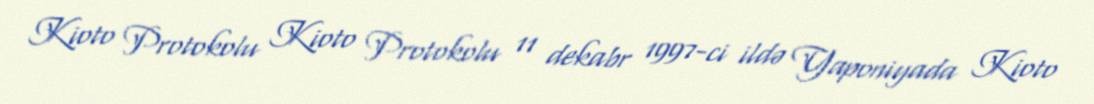
Kioto Protokolu Kioto Protokolu 11 dekabr 1997-ci ildə Yaponiyada Kioto